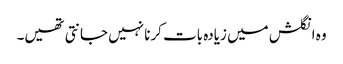
وہ انگلش میں زیادہ بات کرنا نہیں جانتی تھیں۔